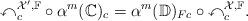
LaTeX: \begin{align*}\mathbb{x}_c^{\mathcal{X}',\mathbb{F}}\circ \alpha^{m}(\mathbb{C})_c=\alpha^m(\mathbb{D})_{Fc}\circ\mathbb{x}^{\mathcal{X},\mathbb{F}}_c.\end{align*}